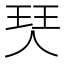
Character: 珡